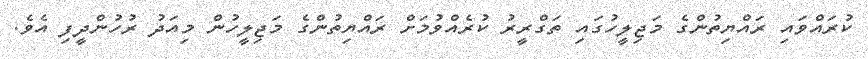
ކުރައްވައި ރައްޔިތުންގެ މަޖިލީހުގައި ތަގްރީރު ކުރެއްވުމަށް ރައްޔިތުންގެ މަޖިލީހުން މިއަދު ރުހުންދީފި އެވެ.